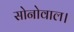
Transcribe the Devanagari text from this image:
सोनोवाल।